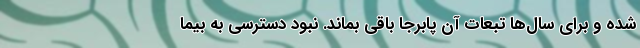
شده و برای سال‌ها تبعات آن پابرجا باقی بماند. نبود دسترسی به بیما